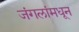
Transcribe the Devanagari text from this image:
जंगलांमधून